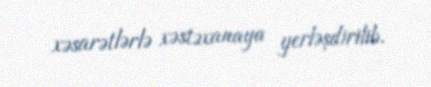
xəsarətlərlə xəstəxanaya yerləşdirilib.